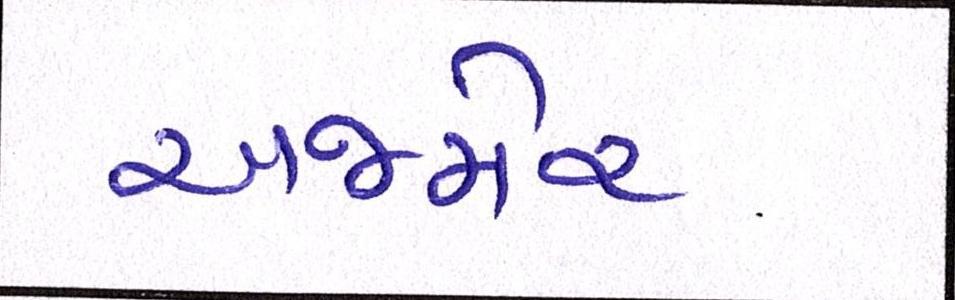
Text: અજમેર